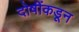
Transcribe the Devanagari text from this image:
दोषींकडून